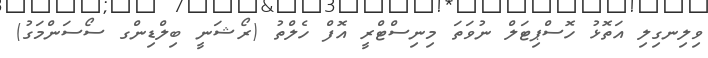
ވިލިނގިލި އަތޮޅު ހޮސްޕިޓަލް ނުވަތަ މިނިސްޓްރީ އޮފް ހެލްތު (ރޯޝަނީ ބިލްޑިންގ ސޯސަންމަގު)